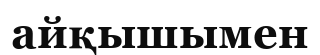
айқышымен